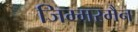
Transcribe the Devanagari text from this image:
जिम्मरमैन